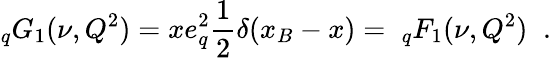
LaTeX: _qG_{1}(\nu,Q^{2})=xe_{q}^{2}{\frac{1}{2}}\delta(x_{B}-x)=\; _{q}F_{1}(\nu,Q^{2})\; \; .